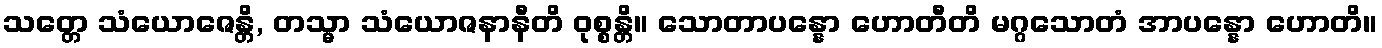
သတ္တေ သံယောဇေန္တိ, တသ္မာ သံယောဇနာနီတိ ဝုစ္စန္တိ။ သောတာပန္နော ဟောတီတိ မဂ္ဂသောတံ အာပန္နော ဟောတိ။